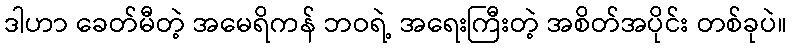
ဒါဟာ ခေတ်မီတဲ့ အမေရိကန် ဘဝရဲ့ အရေးကြီးတဲ့ အစိတ်အပိုင်း တစ်ခုပဲ။